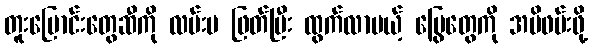
တူးမြောင်းတွေဆီကို လမ်းမ ဖြတ်ပြီး ထွက်လာမယ့် မြွေတွေကို အမိဖမ်းဖို့